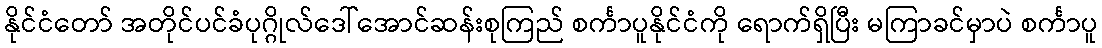
နိုင်ငံတော် အတိုင်ပင်ခံပုဂ္ဂိုလ်ဒေါ်အောင်ဆန်းစုကြည် စင်္ကာပူနိုင်ငံကို ရောက်ရှိပြီး မကြာခင်မှာပဲ စင်္ကာပူ